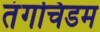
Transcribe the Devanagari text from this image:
तंगचिडम